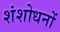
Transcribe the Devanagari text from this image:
शंशोधनों